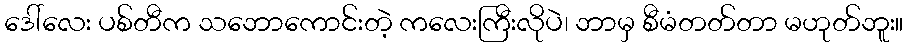
ဒေါ်လေး ပစ်တီက သဘောကောင်းတဲ့ ကလေးကြီးလိုပဲ၊ ဘာမှ စီမံတတ်တာ မဟုတ်ဘူး။